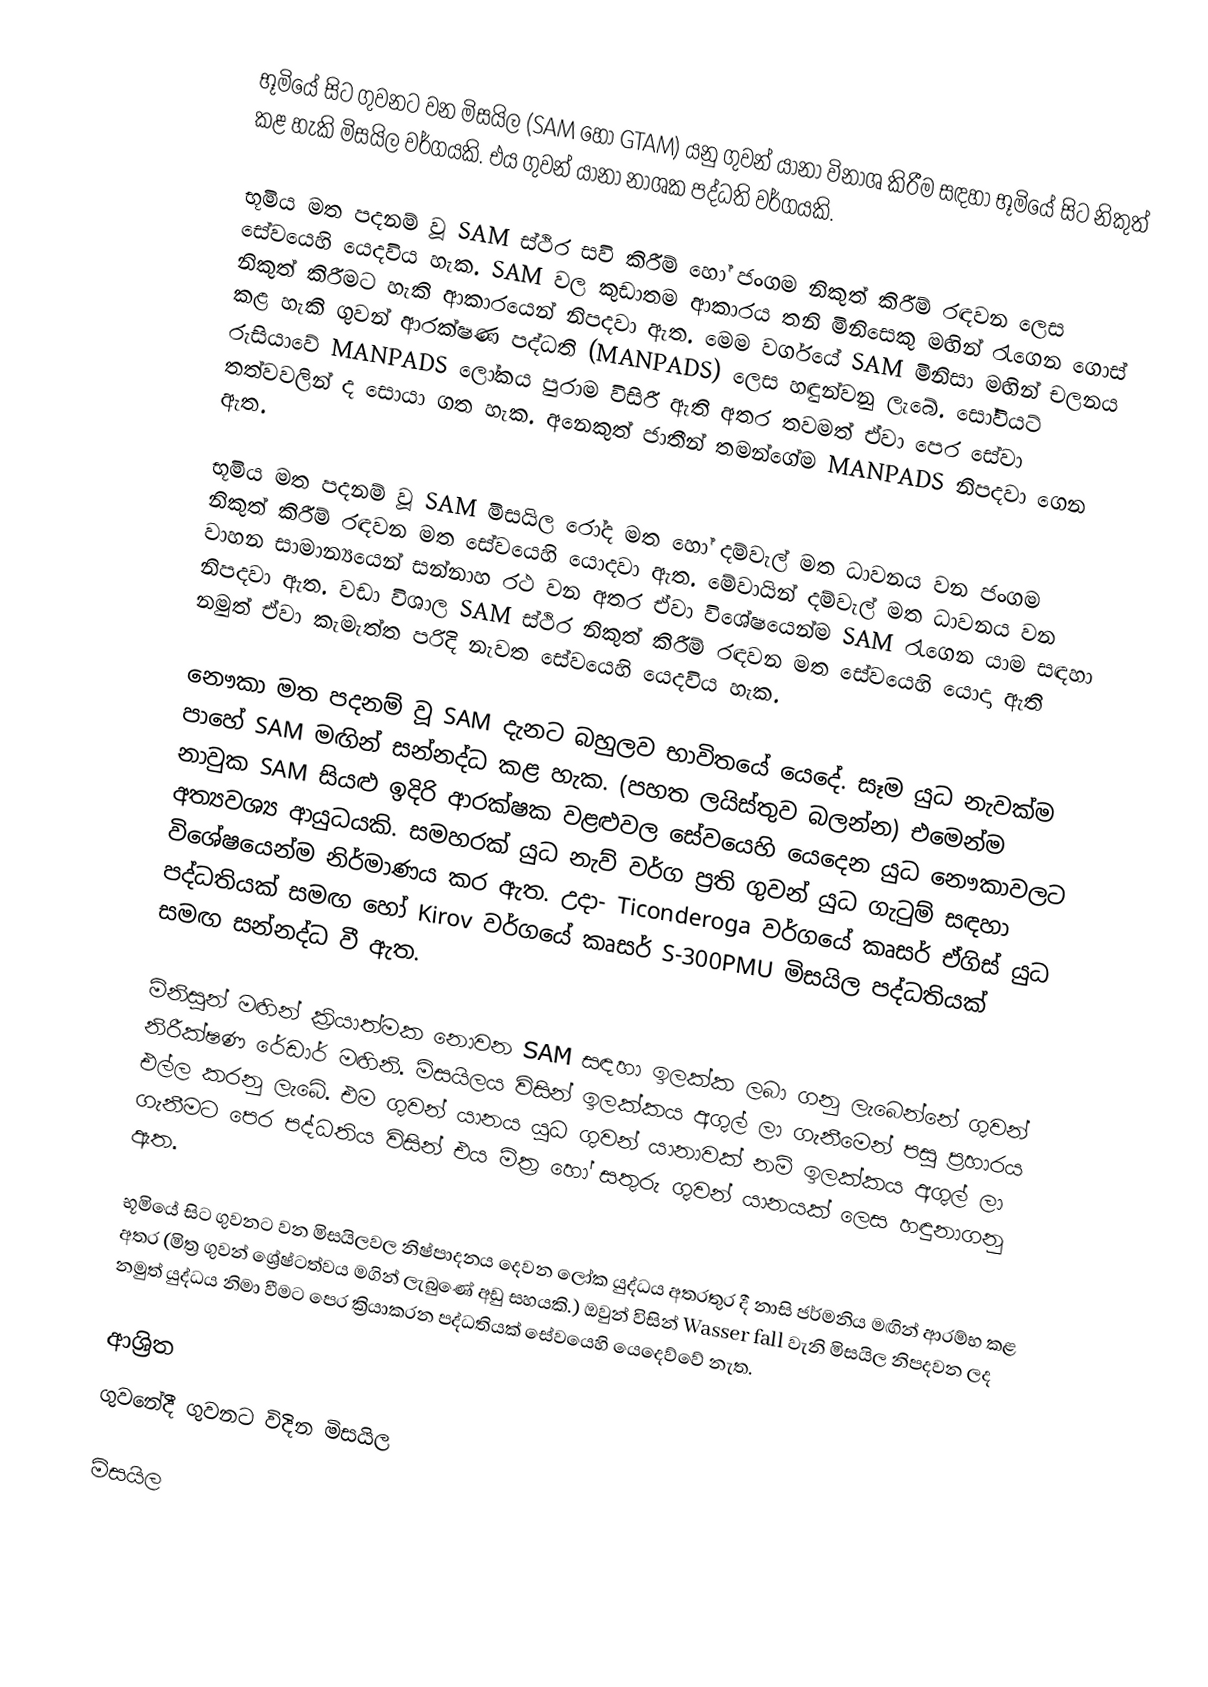
භූමියේ සිට ගුවනට වන මිසයිල (SAM හෝ GTAM) යනු ගුවන් යානා විනාශ කිරීම සඳහා භූමියේ සිට නිකුත් කළ හැකි මිසයිල වර්ගයකි. එය ගුවන් යානා නාශක පද්ධති වර්ගයකි.

භූමිය මත පදනම් වූ SAM ස්ථිර සවි කිරීම් හෝ ජංගම නිකුත් කිරීම් රඳවන ලෙස සේවයෙහි යෙදවිය හැක. SAM වල කුඩාතම ආකාරය තනි මිනිසෙකු මඟින් රැගෙන ගොස් නිකුත් කිරීමට හැකි ආකාරයෙන් නිපදවා ඇත. මෙම වර්ගයේ SAM මිනිසා මඟින් චලනය කළ හැකි ගුවන් ආරක්ෂණ පද්ධති (MANPADS) ලෙස හඳුන්වනු ලැබේ. සෝවියට් රුසියාවේ MANPADS ලෝකය පුරාම විසිරී ඇති අතර තවමත් ඒවා පෙර සේවා තත්වවලින් ද සොයා ගත හැක. අනෙකුත් ජාතීන් තමන්ගේම MANPADS නිපදවා ගෙන ඇත.

භූමිය මත පදනම් වූ SAM මිසයිල රෝද මත හෝ දම්වැල් මත ධාවනය වන ජංගම නිකුත් කිරීම් රඳවන මත සේවයෙහි යොදවා ඇත. මේවායින් දම්වැල් මත ධාවනය වන වාහන සාමාන්‍යයෙන් සන්නාහ රථ වන අතර ඒවා විශේෂයෙන්ම SAM රැගෙන යාම සඳහා නිපදවා ඇත. වඩා විශාල SAM ස්ථිර නිකුත් කිරීම් රඳවන මත සේවයෙහි යොදා ඇති නමුත් ඒවා කැමැත්ත පරිදි නැවත සේවයෙහි යෙදවිය හැක.

නෞකා මත පදනම් වූ SAM දැනට බහුලව භාවිතයේ යෙදේ. සෑම යුධ නැවක්ම පාහේ SAM මඟින් සන්නද්ධ කළ හැක. (පහත ලයිස්තුව බලන්න) එමෙන්ම නාවුක SAM  සියළු ඉදිරි ආරක්ෂක වළළුවල සේවයෙහි යෙදෙන යුධ නෞකාවලට අත්‍යවශ්‍ය ආයුධයකි. සමහරක් යුධ නැව් වර්ග ප්‍රති ගුවන් යුධ ගැටුම් සඳහා විශේෂයෙන්ම නිර්මාණය කර ඇත. උදා- Ticonderoga වර්ගයේ කෘසර් ඒගිස් යුධ පද්ධතියක් සමඟ හෝ Kirov වර්ගයේ කෘසර් S-300PMU මිසයිල පද්ධතියක් සමඟ සන්නද්ධ වී ඇත.

මිනිසුන් මඟින් ක්‍රියාත්මක නොවන SAM සඳහා ඉලක්ක ලබා ගනු ලැබෙන්නේ ගුවන් නිරීක්ෂණ රේඩාර් මඟිනි. මිසයිලය විසින් ඉලක්කය අගුල් ලා ගැනීමෙන් පසු ප්‍රහාරය එල්ල කරනු ලැබේ. එම ගුවන් යානය යුධ ගුවන් යානාවක් නම් ඉලක්කය අගුල් ලා ගැනීමට පෙර පද්ධතිය විසින් එය මිත්‍ර හෝ සතුරු ගුවන් යානයක් ලෙස හඳුනාගනු ඇත.

භූමියේ සිට ගුවනට වන මිසයිලවල නිෂ්පාදනය දෙවන ලෝක යුද්ධය අතරතුර දී නාසි ජර්මනිය මඟින් ආරම්භ කළ අතර (මිත්‍ර ගුවන් ශ්‍රේෂ්ටත්වය මගින් ලැබුණේ අඩු සහයකි.) ඔවුන් විසින් Wasser fall වැනි මිසයිල නිපදවන ලද නමුත් යුද්ධය නිමා වීමට පෙර ක්‍රියාකරන පද්ධතියක් සේවයෙහි යෙදෙව්වේ නැත.

ආශ්‍රිත
 ගුවනේදී ගුවනට විදින මිසයිල

මිසයිල